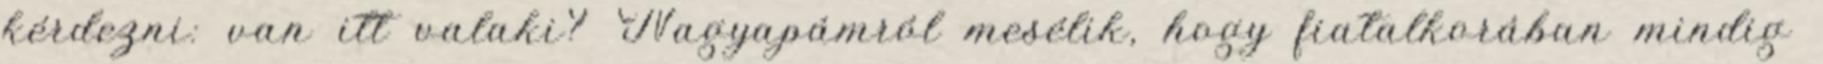
kérdezni: van itt valaki? Nagyapámról mesélik, hogy fiatalkorában mindig